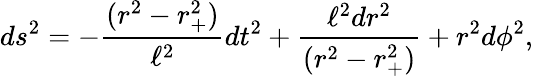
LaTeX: ds^{2}=-{\frac{(r^{2}-r_{+}^{2})}{\ell^{2}}}dt^{2}+{\frac{\ell^{2}dr^{2}}{(r^{2}-r_{+}^{2})}}+r^{2}d\phi^{2},